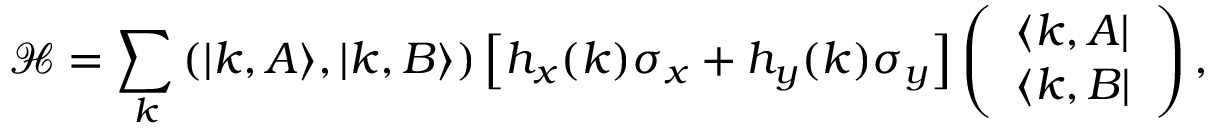
\mathcal { H } = \sum _ { k } \left( | k , A \rangle , | k , B \rangle \right) \left[ h _ { x } ( k ) \sigma _ { x } + h _ { y } ( k ) \sigma _ { y } \right] \left( \begin{array} { l } { \langle k , A | } \\ { \langle k , B | } \end{array} \right) ,